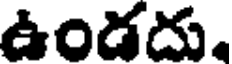
ఉండదు.